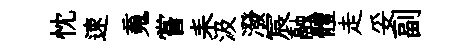
忱速䰟嘗耒汲潑宸融體走妥副